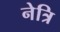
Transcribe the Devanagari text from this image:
नेत्रि